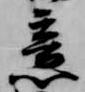
意